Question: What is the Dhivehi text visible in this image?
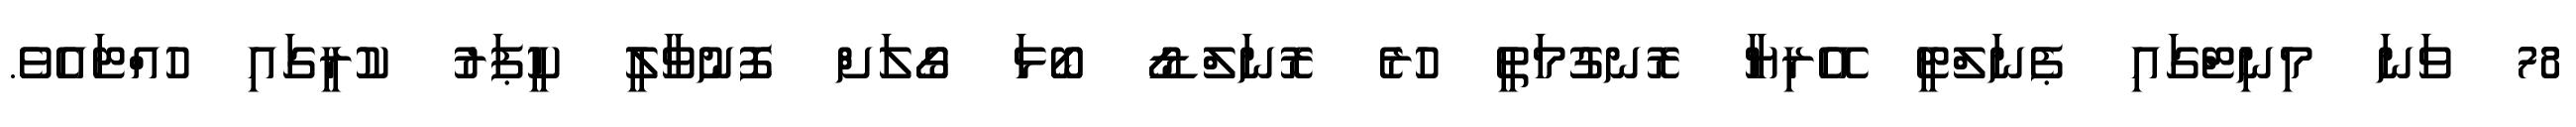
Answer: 78 ވަނަ މިނިޓްގައި ޕެނަލްޓީ އޭރިޔާ ރޮނގުމަތީ ހުރެ ރޮނަލްޑޯ ބޯޅަ ގޯލަށް ފޮނުވާލީ ކީޕަރު ކުރީގައި ހުއްޓައެވެ.